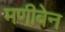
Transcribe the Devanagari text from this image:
मणीबेन